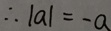
\therefore \vert a \vert = - a